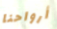
أرواحنا